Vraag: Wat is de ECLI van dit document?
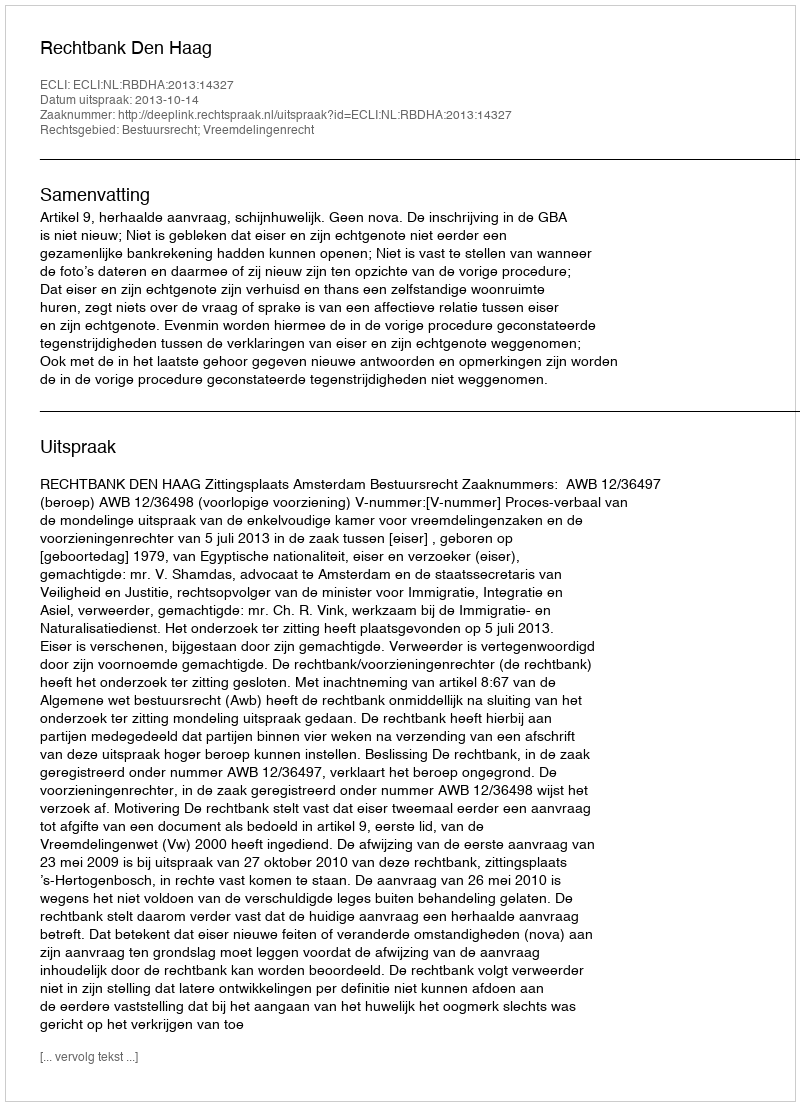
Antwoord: ECLI:NL:RBDHA:2013:14327